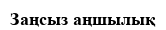
Заңсыз аңшылық